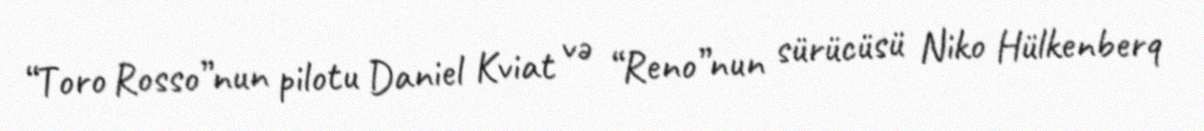
“Toro Rosso”nun pilotu Daniel Kviat və “Reno”nun sürücüsü Niko Hülkenberq